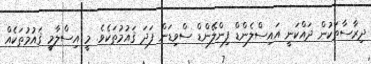
ދިރާސާތަކުން ދައްކަނީ އައިސްލެންޑް ފިންލޭންޑް ސްވިޑަން ފަދަ ޤައުމުތަކެވެ. މީ އިސްލާމީ ޤައުމުތަކެއް